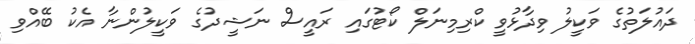
ދައުލަތުގެ ވަކީލު ވިދާޅުވީ ކްރިމިނަލް ކޯޓުގައި ރައީސް ނަޝީދުގެ ވަކީލުންނާ އެކު ބޭއްވި